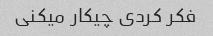
فکر کردی چیکار میکنی